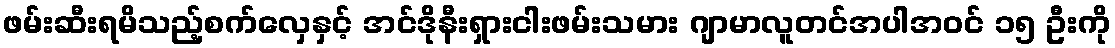
ဖမ်းဆီးရမိသည့်စက်လှေနှင့် အင်ဒိုနီးရှားငါးဖမ်းသမား ဂျာမာလူတင်အပါအဝင် ၁၅ ဦးကို